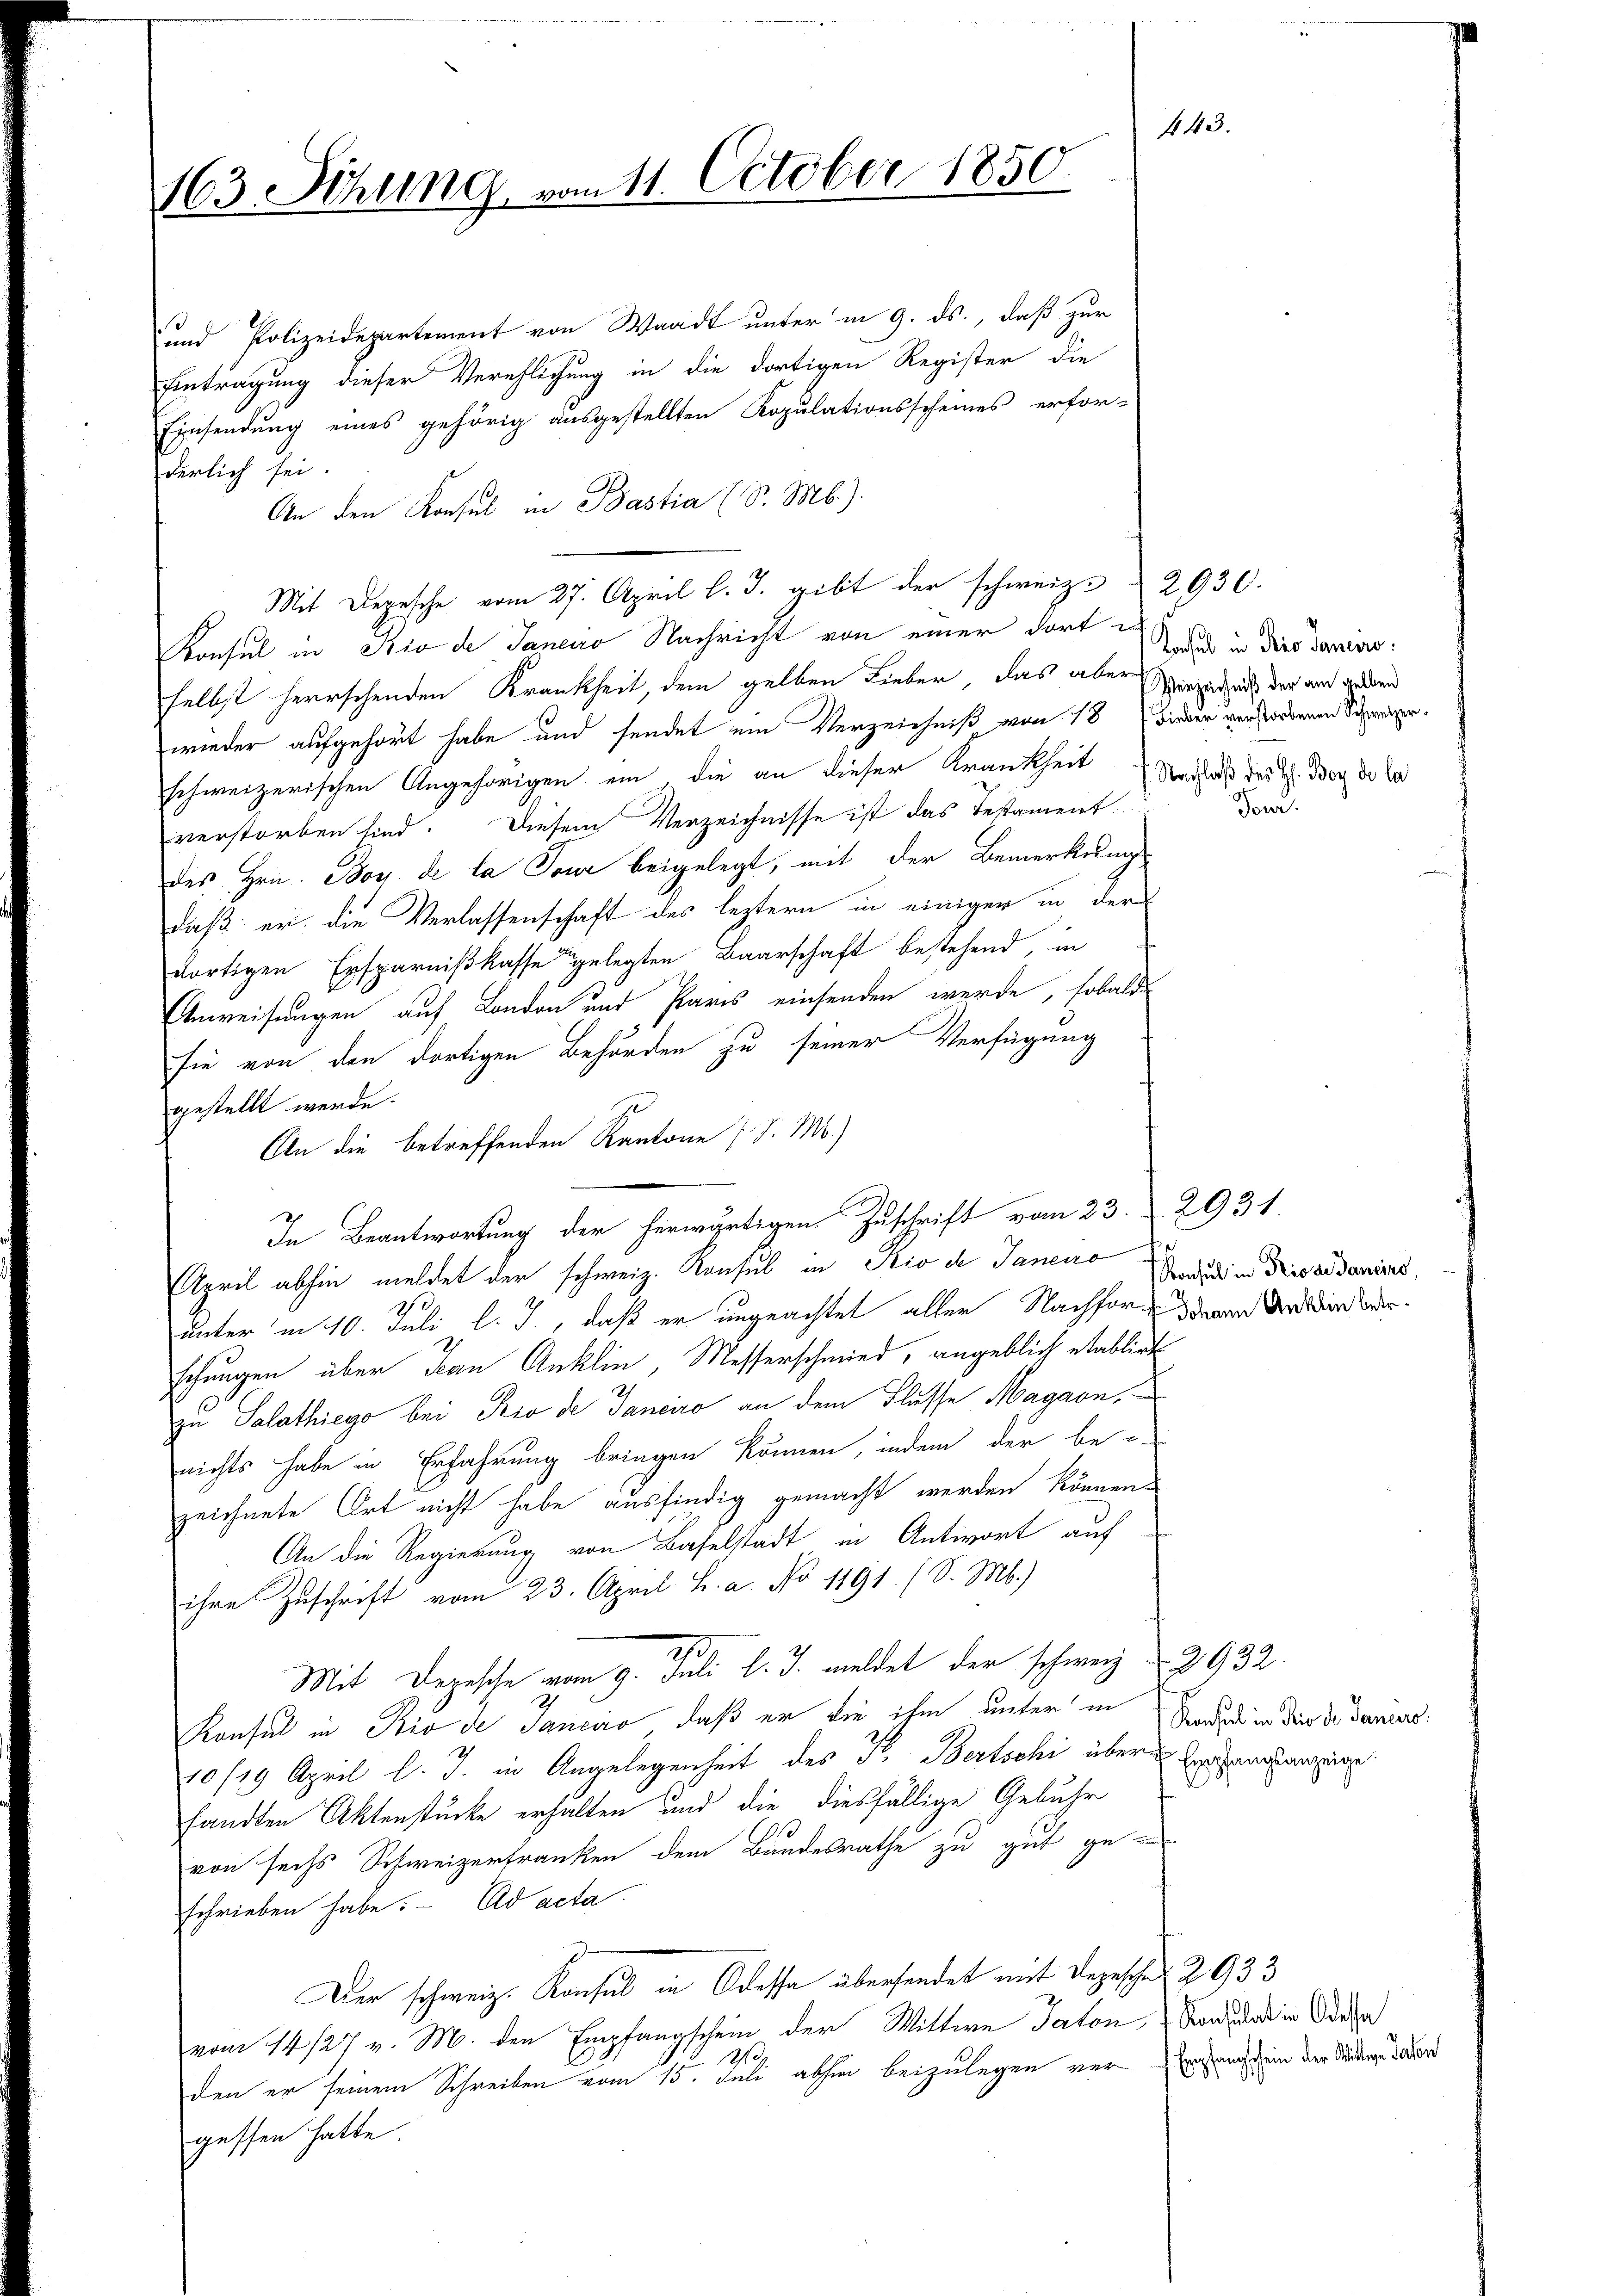
163. Sitzung

142
11. October 1850.

und Polizeidepartement von Waadt unter in 9. ds., daß zur
Eintragung dieser Verehlichung in die dortigen Register die
Einsendung eines gehörig ausgestellten Kopulationsscheines erfor-
derlich sei.
An den Konsul in Bastia (S. M.)
Mit Depesche vom 27. April l. J. gibt der schweiz. 2930.
Konsul in Rio de Janeiro Nachricht von einer dort e
selbst herrschenden Krankheit, dem gelben Lieber, das aber Verzeichnis der auch geden
wieder aufgehört habe und sendet ein Verzeichniß von 18 wieder verstorbenen Schweizerschweizerischen Angehörigen ein die an dieser Krankheit
verstorben sind. Diesem Verzeichnisse ist das Testament.
des Hrn. Boy de la Tour beigelegt, mit der Bemerkung
daß er die Verlassenschaft des leztern in einiger in der
dortigen Ersparnißkasse gelegten Baarschaft bestehend, in
Anweisungen auf London und Paris einsenden werde, sobald
sie von den dortigen Behörden zu seiner Verfügung
gestellt werde.
An die betreffenden Kantone (S. M.)
In Beantwortung der herwärtigen Zuschrift vom 23.
April abhin meldet der schweiz. Konsul in Rio de Janeiro Gnaden Disse danius,
unter in 10. Juli l. J., daß er ungeachtet aller Nachforschungen über San Anklin, Messerschmied, angeblich etablirt
zu Salathiego bei Rio de Janeiro an dem Flusse Magarn,
nichts habe in Erfahrung bringen können, indem der be-
zeichnete Ort nicht habe ausfindig gemacht werden können.
An die Regierung von Baselstadt in Antwort auf
ihre Zuschrift vom 23. April h. a. No 1791. (S. M.)
Mit Depesche vom 9. Juli l. J. meldet der schweiz § 2932.
Konsul in Rio de Janciro, daß er die ihm unter in
10/19 April l. J. in Angelegenheit des Fr. Bertschi über  Er anstanzung
sandten Aktenstücke erhalten und die diesfällige Gebühr
von sechs Schweizertranken dem Bundesrathe zu gut geschrieben habe. Ad acta
Der schweiz. Konsul in Odessa übersendet mit Depesche 2933
vom 14/27 v. M. den Empfangschein der Wittwe Taton, von das in Orga
121.
den er seinem Schreiben vom 15. Juli abhin beizulegen vergessen hatte.

Konsul in Prio Saneiro
.Nachlaß des H. Boy de la

Jowi

2931.
Johann Anklin betr.

Konsul in Perio de Janeiro

Empfangschein der Wittwe Jakon